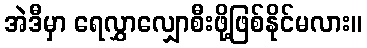
အဲဒီမှာ ရေလွှာလျှောစီးဖို့ဖြစ်နိုင်မလား။